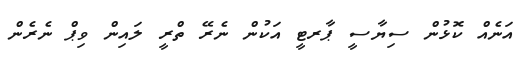
އަނެއް ކޮޅުން ސިޔާސީ ޕާރޓީ އަކުން ނެރޭ ތްރީ ލައިން ވިޕް ނެރެން